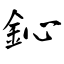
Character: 鈊